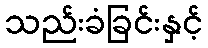
သည်းခံခြင်းနှင့်